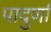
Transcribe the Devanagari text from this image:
पादुर्णा